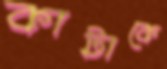
কাটাকে